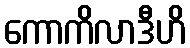
ကောကိလာဒီဟိ